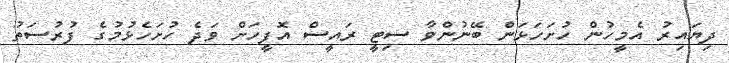
ދިޔައިރު އެމީހުން ހުށަހަޅަން ބޭނުންވާ ސިޓީ ރައީސް އޮފީހަށް ވަދެ ހުށަހެޅުމުގެ ފުރުސަތު